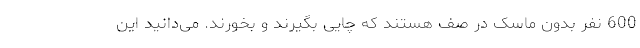
600 نفر بدون ماسک در صف هستند که چایی بگیرند و بخورند. می‌دانید این